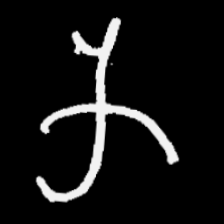
Pyu character \u2014 Myanmar letter: က (romanized: ka)